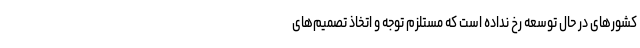
کشور‌های در حال توسعه رخ نداده است که مستلزم توجه و اتخاذ تصمیم‌های